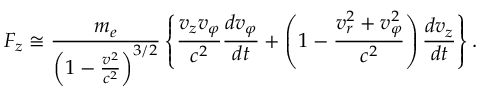
F _ { z } \cong \frac { m _ { e } } { \left( 1 - \frac { v ^ { 2 } } { c ^ { 2 } } \right) ^ { 3 / 2 } } \left\{ \frac { v _ { z } v _ { \varphi } } { c ^ { 2 } } \frac { d v _ { \varphi } } { d t } + \left( 1 - \frac { v _ { r } ^ { 2 } + v _ { \varphi } ^ { 2 } } { c ^ { 2 } } \right) \frac { d v _ { z } } { d t } \right\} .